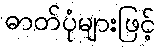
ဓာတ်ပုံများဖြင့်